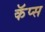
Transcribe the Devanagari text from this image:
कॅप्स